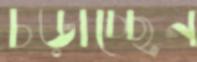
চড়াচ্ছেন